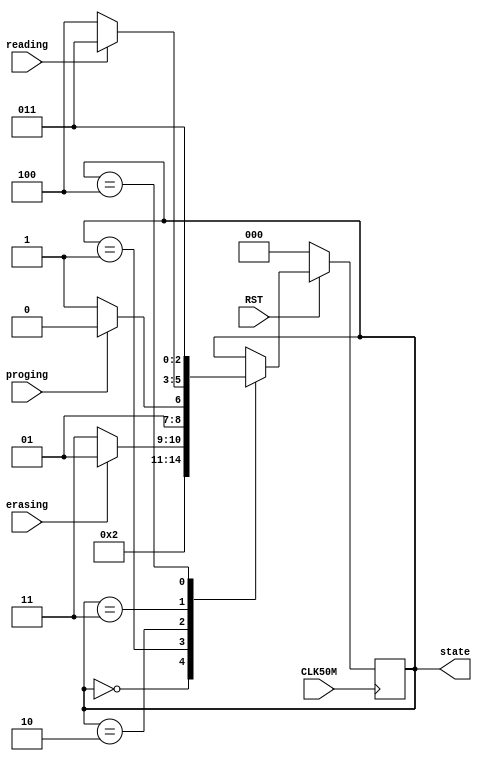
`timescale 1ns / 1ps
//////////////////////////////////////////////////////////////////////////////////
// Company: 
// Engineer: 
// 
// Design Name: 
// Module Name:    state_con 
// Project Name: 
// Target Devices: 
// Tool versions: 
// Description: 
//
// Dependencies: 
//
// Revision: 
// Revision 0.01 - File Created
// Additional Comments: 
//
//////////////////////////////////////////////////////////////////////////////////
module state_con(CLK50M,RST,erasing,proging,reading,state
    );
input							CLK50M				;
input							RST					;
input							erasing				;		//
input							proging				;
input							reading				;
output	reg	[2:0]		state					;

parameter
	idle				=				0					,
	erase				=				1					,
	prog				=				2					,
	read				=				3					,
	stop				=				4					;
	
always @ ( posedge CLK50M )
begin
	if(!RST)
				state					<=			idle			;
	else	
	case(state)	
		idle:	
			begin	
				state					<=			erase			;		//erase->program->read	
			end
		erase:
			begin
				if(!erasing)
					begin
						state			<=			read			;		//erase->program
					end
				else
					begin
						state			<=			erase			;
					end
			end
		prog:
			begin
				if(!proging)
					begin
						state			<=			read			;		//program->read
					end
				else
					begin
						state			<=			prog			;
					end
			end
		read:
			begin
				if(!reading)
					begin
						state			<=			stop			;		//read->stop
					end		
				else		
					begin		
						state			<=			read			;
					end		
			end		
		stop:		
			begin		
						state			<=			read			;		//stop->read  
			end	
	endcase
end

endmodule